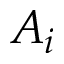
A _ { i }